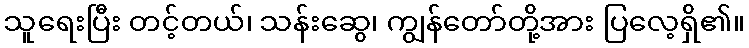
သူရေးပြီး တင့်တယ်၊ သန်းဆွေ၊ ကျွန်တော်တို့အား ပြလေ့ရှိ၏။